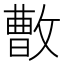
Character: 𪯓